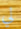
لي